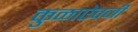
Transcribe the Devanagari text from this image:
कुळाऐवजी